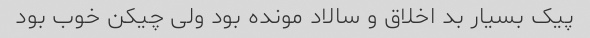
پیک بسیار بد اخلاق و سالاد مونده بود ولی چیکن خوب بود